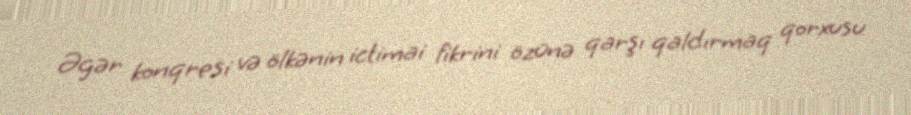
Əgər konqresi və ölkənin ictimai fikrini özünə qarşı qaldırmaq qorxusu